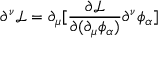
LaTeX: \partial ^ { \nu } { \mathcal { L } } = \partial _ { \mu } [ { \frac { \partial { \mathcal { L } } } { \partial ( \partial _ { \mu } \phi _ { \alpha } ) } } \partial ^ { \nu } \phi _ { \alpha } ]